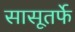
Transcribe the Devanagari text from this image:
सासूतर्फे